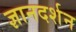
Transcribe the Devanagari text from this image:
ज्ञानदर्शन